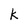
Character: k